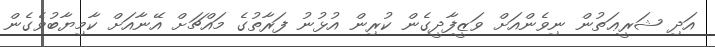
އަދި ޝަރީޢަތުން ނިވެންއަށް ވަޒީފާދީގެން ކުރިން އުޅުނު ފަރާތުގެ މައްޗަށް އޭނާއަށް ކާމިޔާބުވެގެން